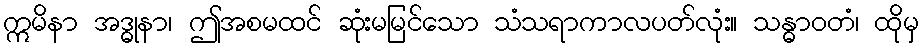
ဣမိနာ အဒ္ဓုနာ၊ ဤအစမထင် ဆုံးမမြင်သော သံသရာကာလပတ်လုံး။ သန္ဓာဝတံ၊ ထိုမှ